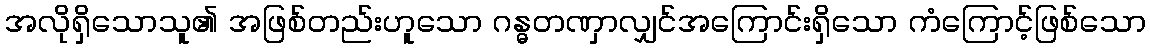
အလိုရှိသောသူ၏ အဖြစ်တည်းဟူသော ဂန္ဓတဏှာလျှင်အကြောင်းရှိသော ကံကြောင့်ဖြစ်သော